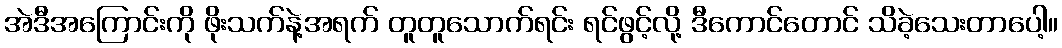
အဲဒီအကြောင်းကို ဖိုးသက်နဲ့အရက် တူတူသောက်ရင်း ရင်ဖွင့်လို့ ဒီကောင်တောင် သိခဲ့သေးတာပေါ့။